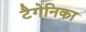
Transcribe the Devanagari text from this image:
टैगेनिका